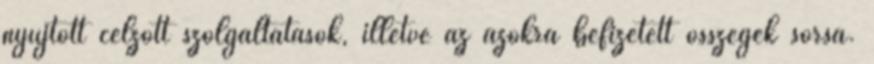
nyújtott célzott szolgáltatások, illetve az azokra befizetett összegek sorsa.